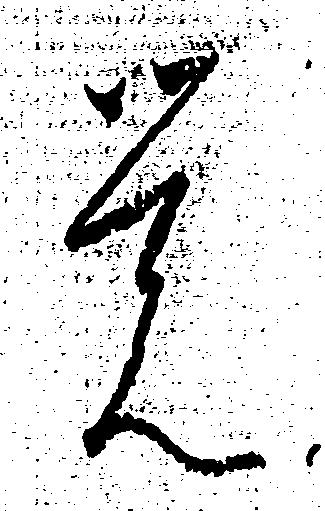
覚